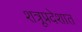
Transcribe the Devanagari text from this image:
शत्रूप्रदेशात